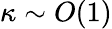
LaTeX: \kappa\sim O(1)